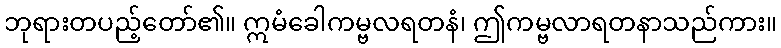
ဘုရားတပည့်တော်၏။ ဣမံခေါကမ္ဗလရတနံ၊ ဤကမ္ဗလာရတနာသည်ကား။